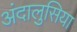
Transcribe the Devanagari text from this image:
अंदालुसिया